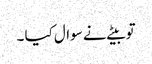
تو بیٹے نے سوال کیا ۔